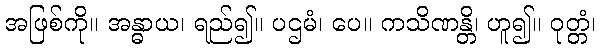
အဖြစ်ကို။ အန္ဓာယ၊ ရည်၍။ ပဌမံ၊ ပေ။ ကသိဏန္တိ၊ ဟူ၍။ ဝုတ္တံ၊